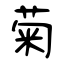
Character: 菊